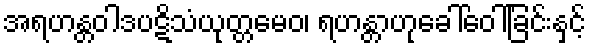
အရဟန္တဝါဒပဋိသံယုတ္တမေဝ၊ ရဟန္တာဟုခေါ်ဝေါ်ခြင်းနှင့်